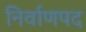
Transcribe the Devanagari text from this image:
निर्वाणपद